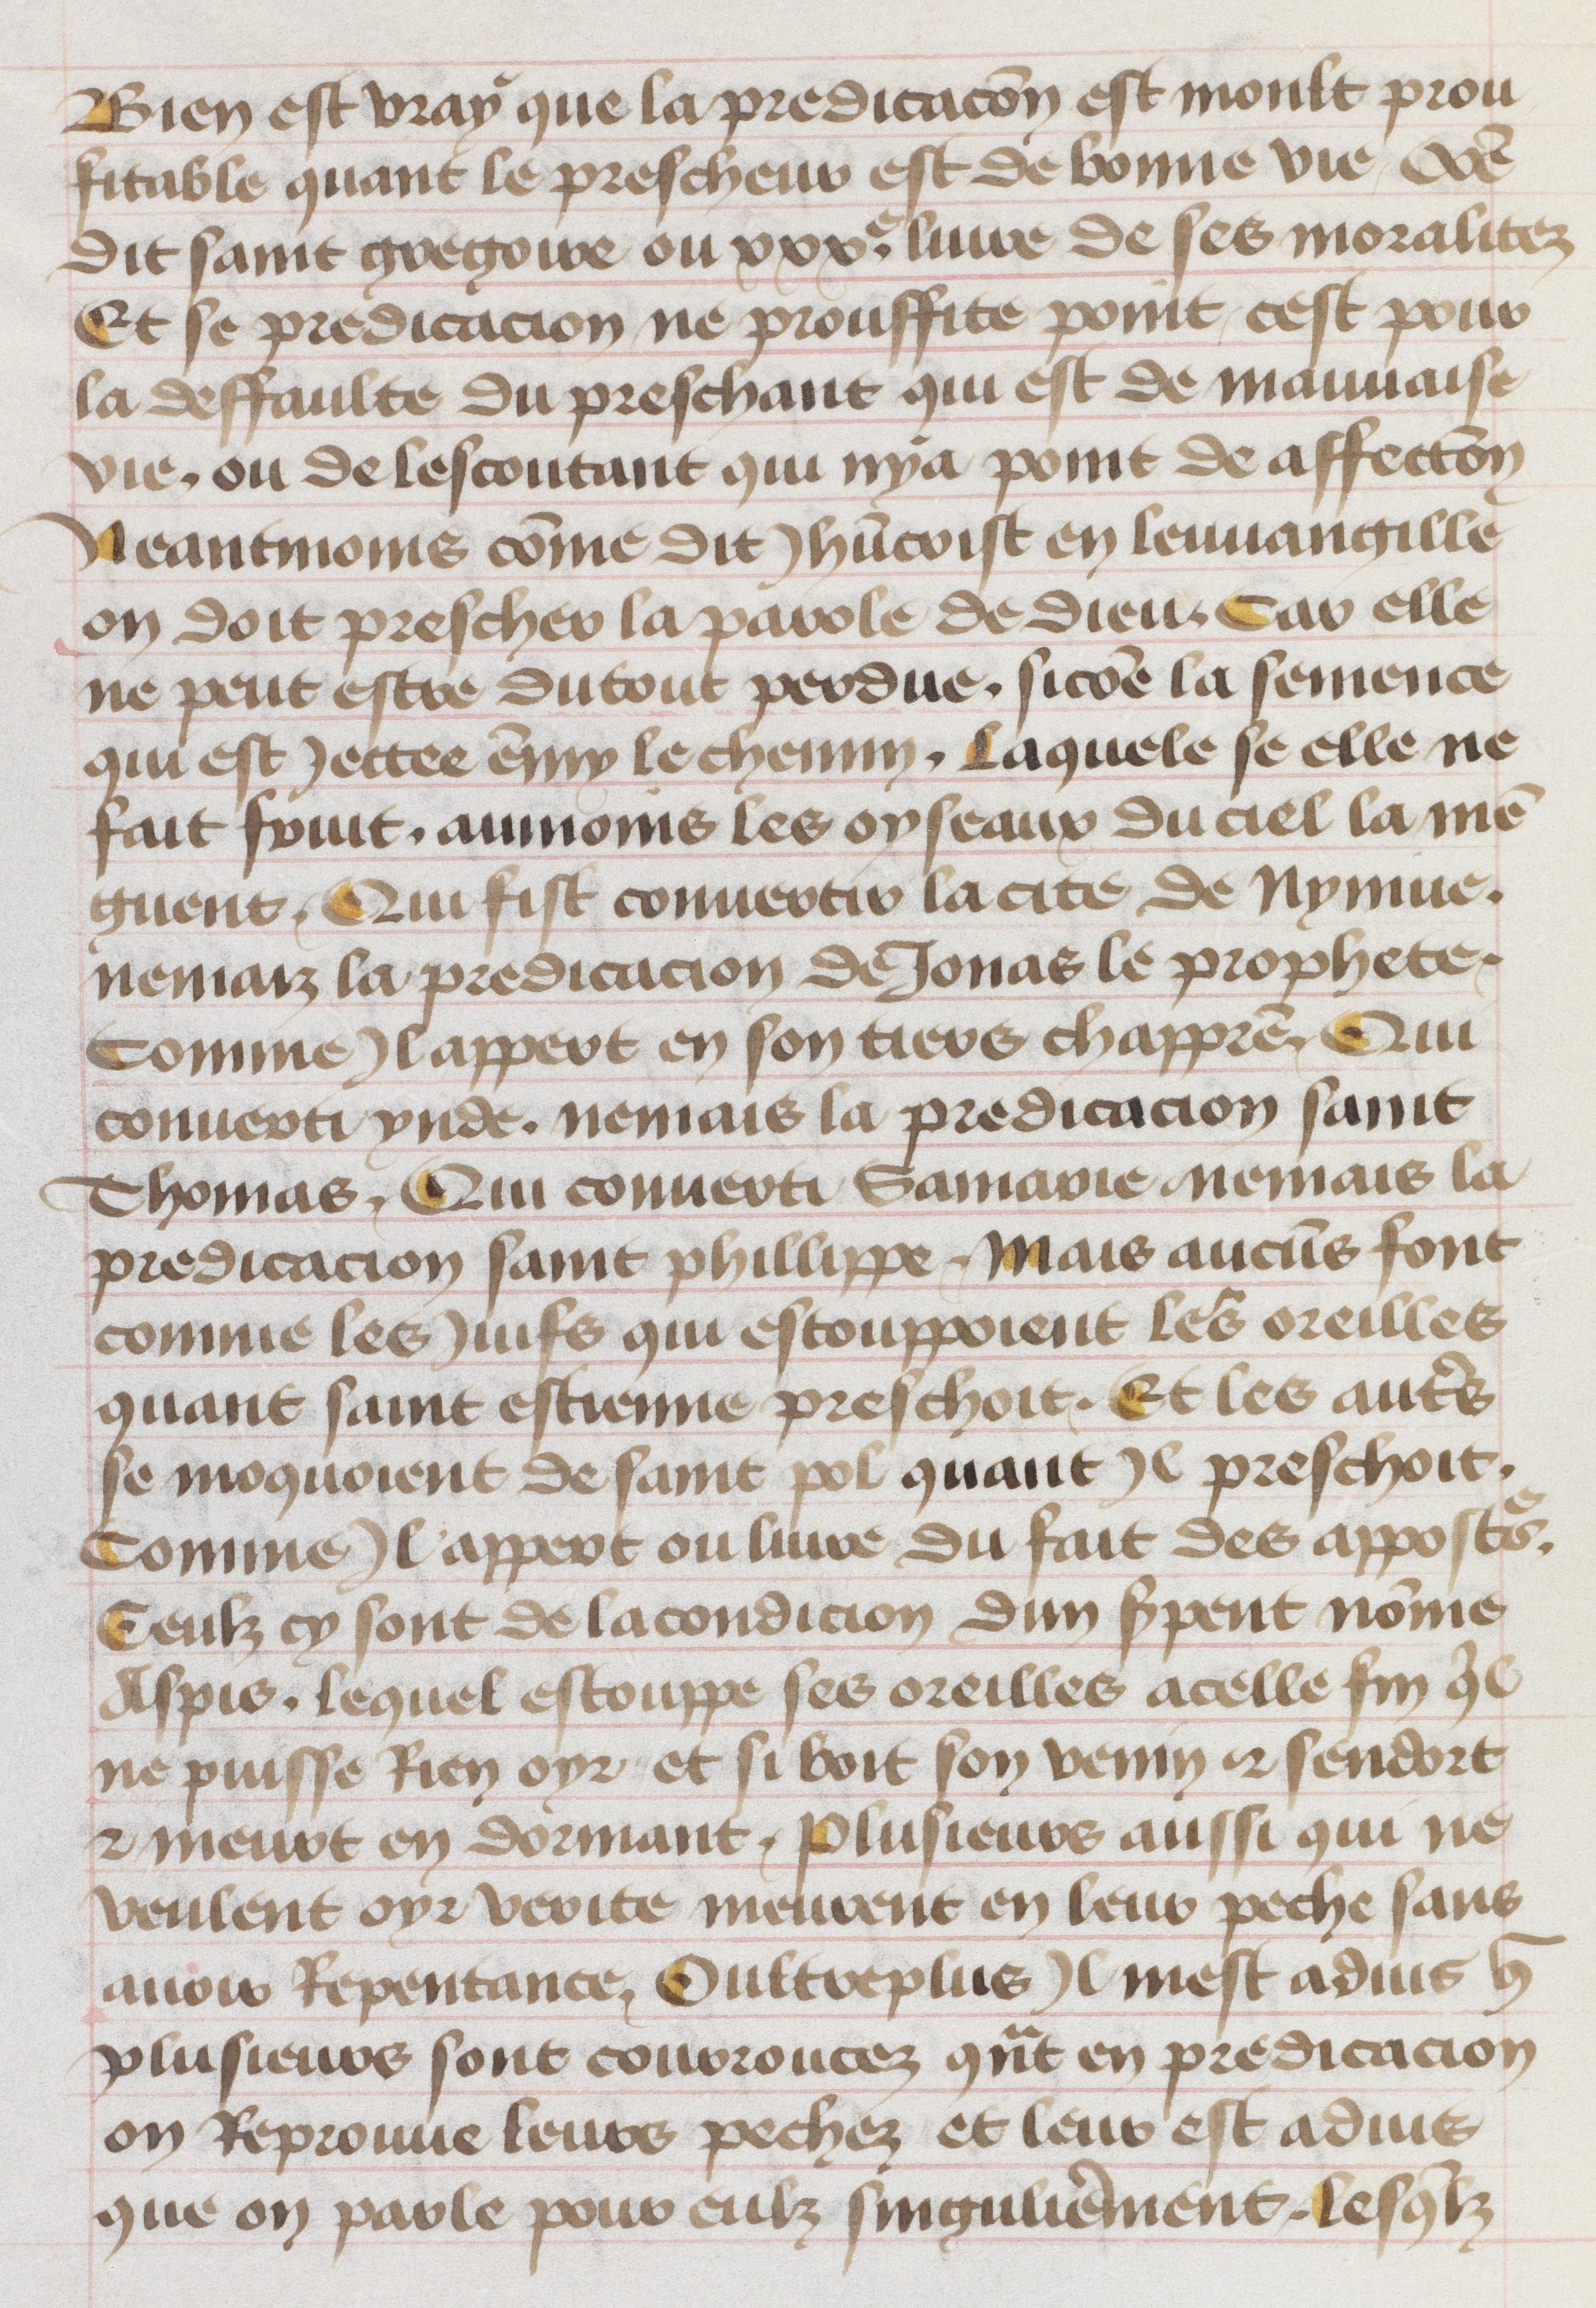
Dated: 1455–1485